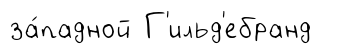
за́падной Г'ильд'ебранд